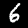
Label: 6